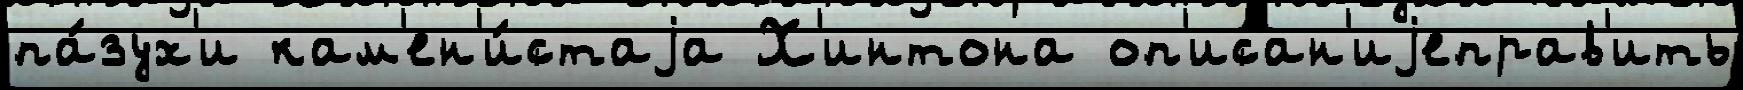
па́зух'и кам'ен'и́стаjа Х'интона оп'исан'иjеправ'ить